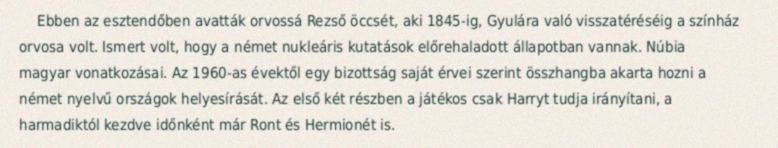
Ebben az esztendőben avatták orvossá Rezső öccsét, aki 1845-ig, Gyulára való visszatéréséig a színház orvosa volt. Ismert volt, hogy a német nukleáris kutatások előrehaladott állapotban vannak. Núbia magyar vonatkozásai. Az 1960-as évektől egy bizottság saját érvei szerint összhangba akarta hozni a német nyelvű országok helyesírását. Az első két részben a játékos csak Harryt tudja irányítani, a harmadiktól kezdve időnként már Ront és Hermionét is.